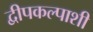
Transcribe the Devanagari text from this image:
द्वीपकल्पाशी